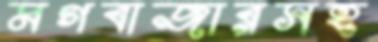
মগবাজারসহ